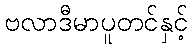
ဗလာဒီမာပူတင်နှင့်